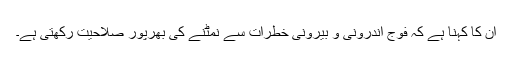
ان کا کہنا ہے کہ فوج اندرونی و بیرونی خطرات سے نمٹنے کی بھرپور صلاحیت رکھتی ہے۔